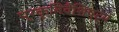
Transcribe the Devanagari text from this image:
प्रकृतिवैशिष्ट्य